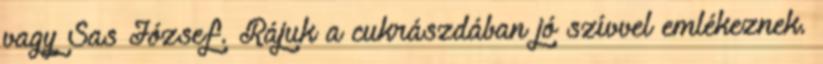
vagy Sas József. Rájuk a cukrászdában jó szívvel emlékeznek.